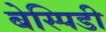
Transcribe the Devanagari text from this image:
बेस्पिडी